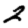
Digit: 2